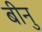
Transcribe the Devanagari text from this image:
बीनु